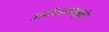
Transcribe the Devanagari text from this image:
अर्धशतकामुळे